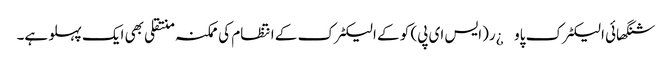
شنگھائی الیکٹرک پاو¿ر(ایس ای پی) کو کے الیکٹرک کے انتظام کی ممکنہ منتقلی بھی ایک پہلو ہے۔